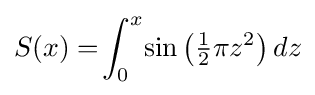
S(x)=\!\int _{0}^{x}\!\sin {\big (}{\tfrac {1}{2}}\pi z^{2}{\big )}\,dz